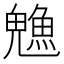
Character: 𬵙